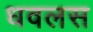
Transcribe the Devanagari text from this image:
धवलस